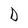
Character: D